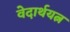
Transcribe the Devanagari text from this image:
वेदार्थयत्न